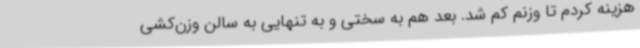
هزینه کردم تا وزنم کم شد. بعد هم به سختی و به تنهایی به سالن وزن‌کشی